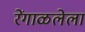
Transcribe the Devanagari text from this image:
रेंगाळलेला